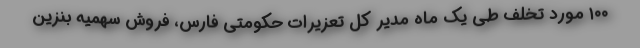
۱۰۰ مورد تخلف طی یک ماه مدیر کل تعزیرات حکومتی فارس، فروش سهمیه بنزین